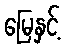
မြေနှင့်